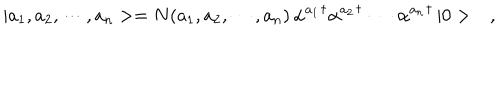
| a _ { 1 } , a _ { 2 } , \cdots , a _ { n } > = N ( a _ { 1 } , a _ { 2 } , \cdots , a _ { n } ) \, { \alpha ^ { a _ { 1 } } } ^ { \dagger } { \alpha ^ { a _ { 2 } } } ^ { \dagger } \, \cdots \, { \alpha ^ { a _ { n } } } ^ { \dagger } \, | 0 > \ \ \ ,